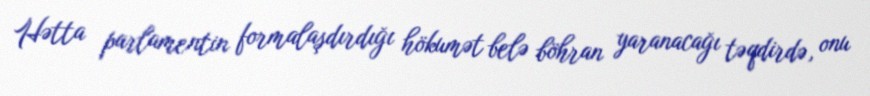
Hətta parlamentin formalaşdırdığı hökumət belə böhran yaranacağı təqdirdə, onu